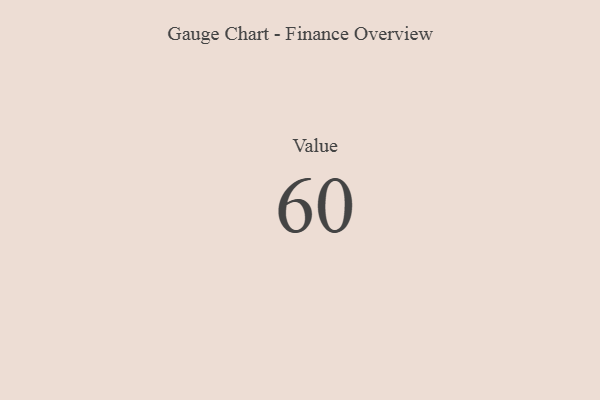
{"axis": {"x": "Metric", "y": "Value"}, "legend": [""], "data": [{"x": "Value", "y": 60, "type": ""}]}